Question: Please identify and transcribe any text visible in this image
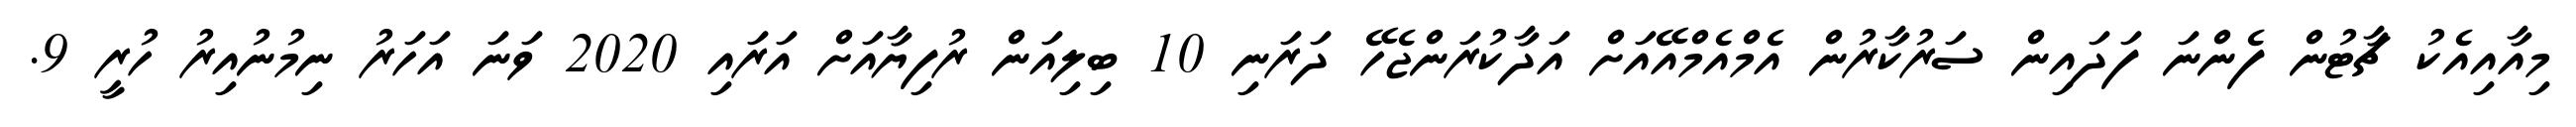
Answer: މިއާއިއެކު ޗާޓުން ފެންނަ ފަދައިން ސަރުކާރުން އެމްއެމްއޭއަށް އަދާކުރަންޖެހޭ ދަރަނި 10 ބިލިއަން ރުފިޔާއަށް އަރައި 2020 ވަނަ އަހަރު ނިމުނުއިރު ހުރީ 9.